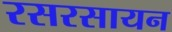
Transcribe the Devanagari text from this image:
रसरसायन